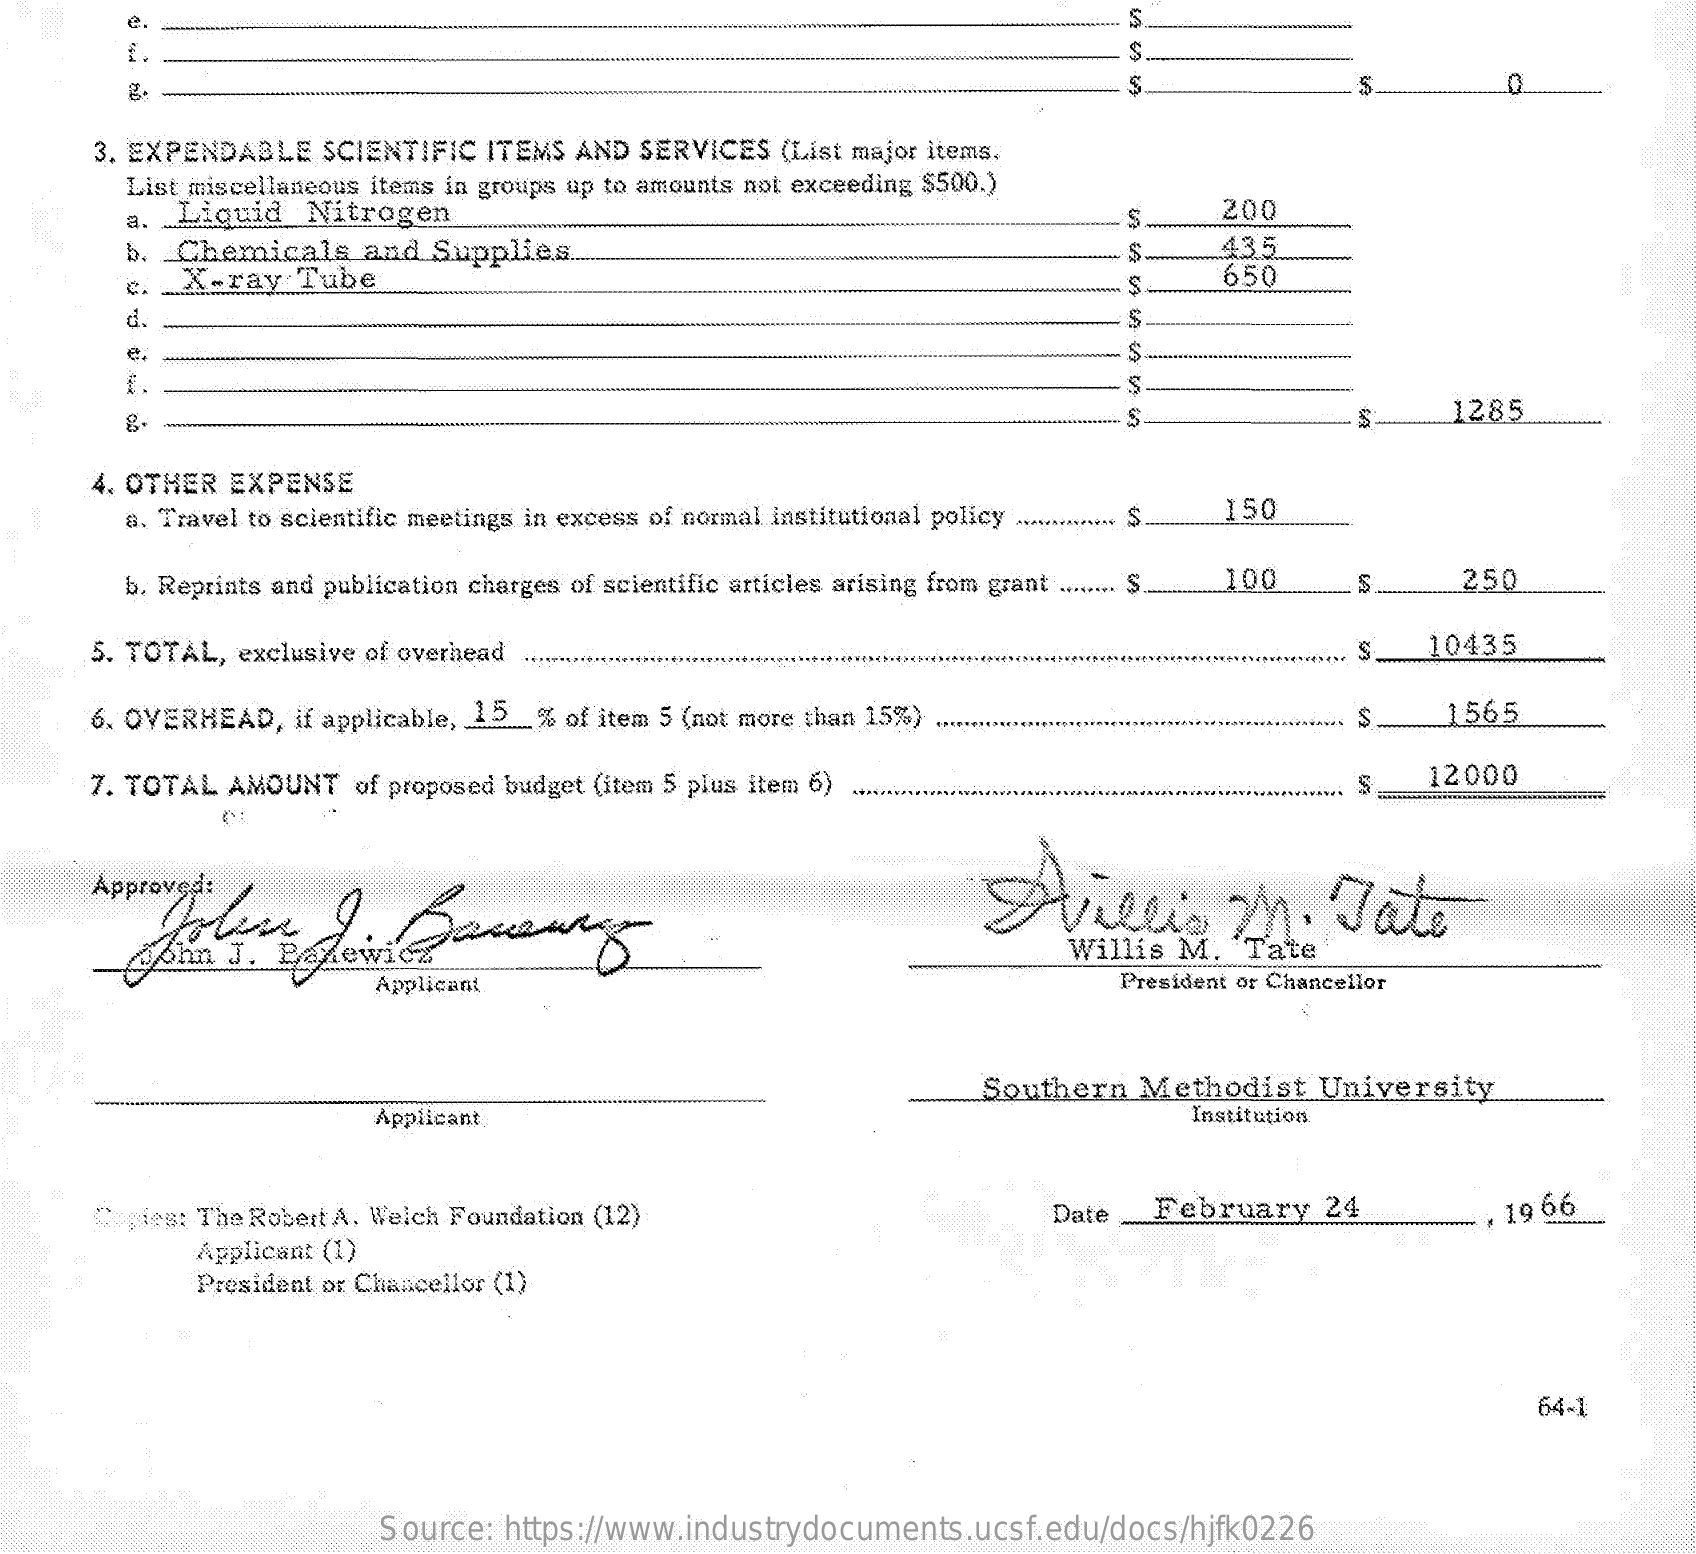
5
     3. EXPENDABLE SCIENTIFIC ITEMS AND SERVICES (List major items.
     List miscellaneous items in groups up to amounts not exceeding $500.)
     a. Liquid Nitrogen    200
     b. Chemicals and Supplies.    435
     c. X-ray  Tube    650
     d.
     e.
     g.    1285
     4. OTHER EXPENSE
     a. Travel to scientific meetings in excess of normal institutional policy S
     150
     b. Reprints and publication charges of scientific articles arising from grant ........ 100 250
     5. TOTAL, exclusive of overhead    10435
     6. OVERHEAD, if applicable, 15 % of item 5 (not more than 15%).    1565
     7. TOTAL AMOUNT of proposed budget (item 5 plus item 6)    12000
     Approved:    Hvillis    M.    Jate
     Willis M. 'Tate
     Applicant    President or Chancellor
     Southern Methodist  University
     Applicant    Institution
     Copies: The Robert A. Weich Foundation (12)    Date . February 24    . 19 66
     Applicant (1)
     President or Chancellor (1)
     64-1
     Source: https://www.industrydocuments.ucsf.edu/docs/hjfk0226